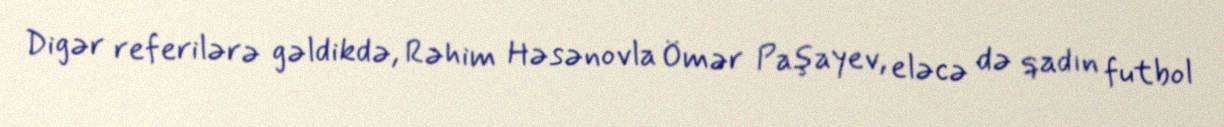
Digər referilərə gəldikdə, Rəhim Həsənovla Ömər Paşayev, eləcə də qadın futbol